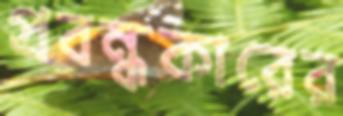
প্রবন্ধকারের